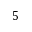
5